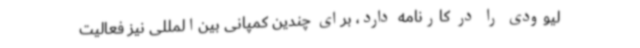
لیوودی را در کارنامه دارد، برای چندین کمپانی بین‌المللی نیز فعالیت